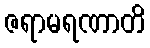
ဇရာမရဏာတိ